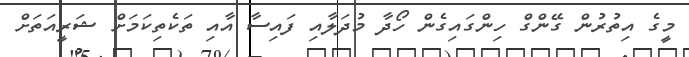
މީގެ އިތުރުން ގޭންގް ހިންގައިގެން ހޯދާ މުދަލާއި ފައިސާ އާއި ތަކެތިކަމަށް ޝަރީއަތަށް